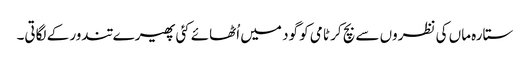
ستارہ ماں کی نظروں سے بچ کر ٹامی کو گود میں اُٹھائے کئی پھیرے تندور کے لگاتی۔